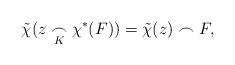
LaTeX: \begin{align*} \tilde{\chi} (z \underset{K}{\frown} \chi^{\ast}(F)) = \tilde{\chi}(z) \frown F,\end{align*}